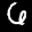
Digit: 6